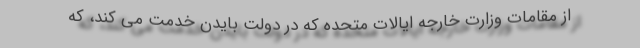
از مقامات وزارت خارجه ایالات متحده که در دولت بایدن خدمت می کند، که